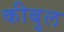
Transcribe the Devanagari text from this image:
कीबुल